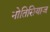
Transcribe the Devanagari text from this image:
नोतिसियाज